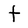
Character: f